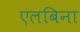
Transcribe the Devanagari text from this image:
एलबिना